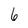
Character: 6